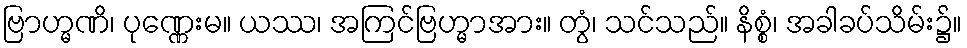
ဗြာဟ္မဏိ၊ ပုဏ္ဏေးမ။ ယဿ၊ အကြင်ဗြဟ္မာအား။ တွံ၊ သင်သည်။ နိစ္စံ၊ အခါခပ်သိမ်း၌။